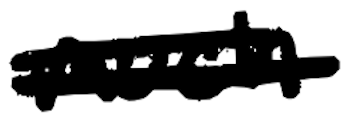
Text: much
Cross-out: double-line
Writing tool: digital_black